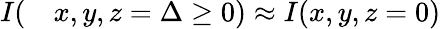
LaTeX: \begin{array}{rl}{I(}&{{}x,y,z=\Delta\ge 0)\approx I(x,y,z=0)}\end{array}